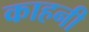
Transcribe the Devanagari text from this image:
काहनी